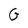
Character: G